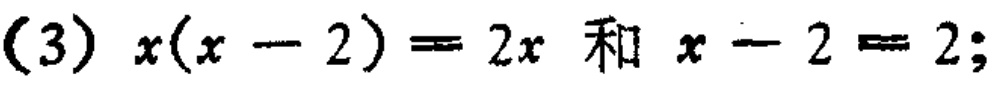
(3) \(x(x - 2)=2x\) 和 \(x - 2 = 2\);